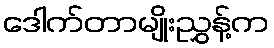
ဒေါက်တာမျိုးညွှန့်က